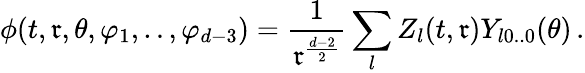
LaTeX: \phi(t,\mathfrak{r},\theta,\varphi_{1},..,\varphi_{d-3})=\frac{{1}}{{\mathfrak{r}^{\frac{{d-2}}{{2}}}}}\sum_{l}Z_{l}(t,\mathfrak{r})Y_{l0..0}(\theta)\, .